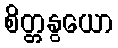
စိတ္တနွယော